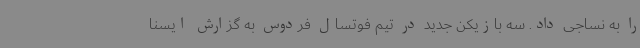
را به نساجی داد. سه بازیکن جدید در تیم فوتسال فردوس به گزارش ایسنا